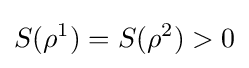
S(\rho ^{1})=S(\rho ^{2})>0